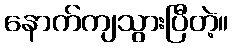
နောက်ကျသွားပြီတဲ့။